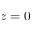
z = 0